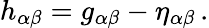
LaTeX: h_{\alpha\beta}=g_{\alpha\beta}-\eta_{\alpha\beta}\, .